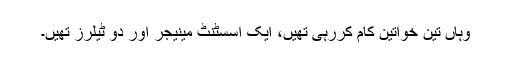
وہاں تین خواتین کام کررہی تھیں، ایک اسسٹنٹ مینیجر اور دو ٹیلرز تھیں۔